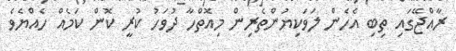
ރާއްޖޭގައި ތިބި އެހެން ލަވަކިޔުންތެރިން މިއޮތްހާ ދުވަހު ކުރީ ކޮން ކަމެއް ހެއްޔެވެ